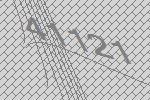
41121